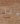
انا